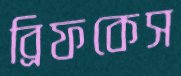
ব্রিফকেস